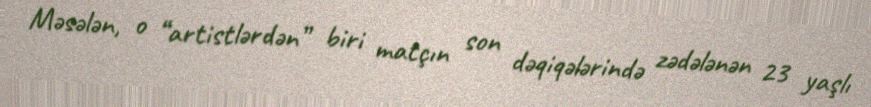
Məsələn, o “artistlərdən” biri matçın son dəqiqələrində zədələnən 23 yaşlı